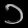
Digit: ၁